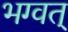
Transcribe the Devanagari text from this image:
भग्वत्